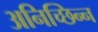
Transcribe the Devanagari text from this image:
अनिच्छिन्न